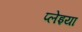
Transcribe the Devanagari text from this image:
प्लेइया